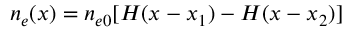
n _ { e } ( x ) = n _ { e 0 } [ H ( x - x _ { 1 } ) - H ( x - x _ { 2 } ) ]